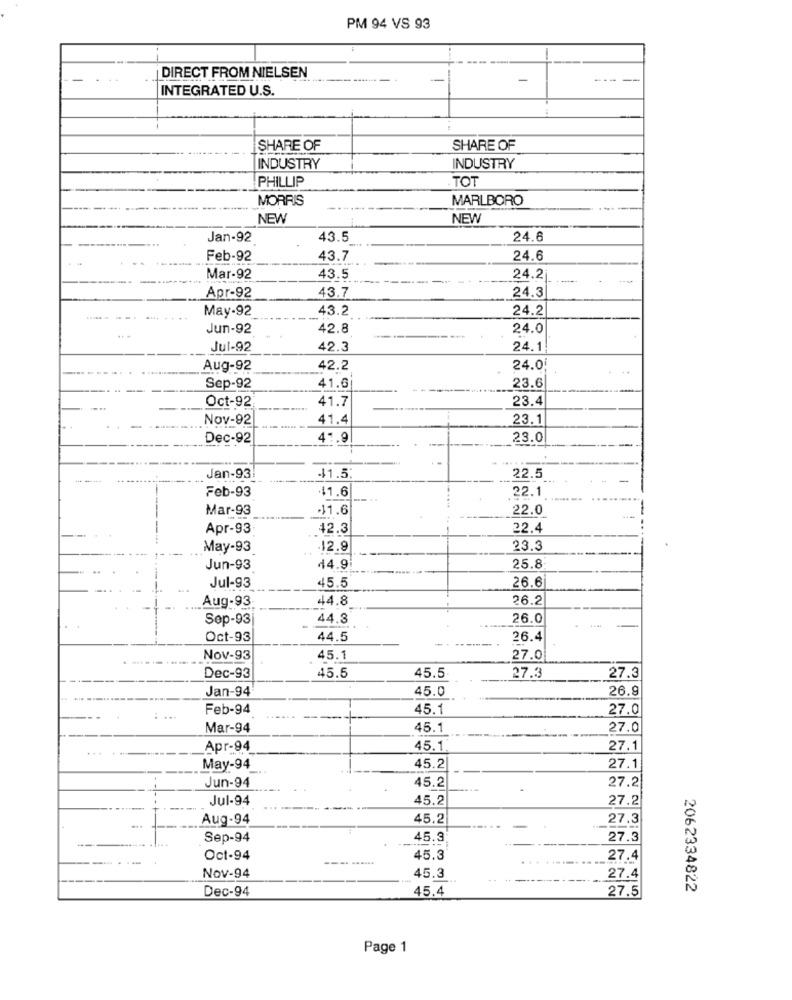
PM 94 VS 93
DIRECT FROM NIELSEN
----
INTEGRATED U.S.
SHARE OF
SHARE OF
INDUSTRY
INDUSTRY
PHILLIP
TOT
MORRIS
MARLBORO
NEW
NEW
Jan-92
43.5
24.6
Feb-92
43.7
24.6
Mar-92
43.5
24.2
43.7
24,3
Apr-92
May-92
43.2
24.2
Jun-92
42.8
24.0
...
Jul-92
42.3
24.1
Aug-92
42.2
24.0
Sep-92
41.6
23.6
41.7
23.4
Oct-92
Nov-92
41.4
23.1
Dec-92
41.9
23.0
-----
Jan-93
$1.5
22.5
41.6
22.1
Feb-93
Mar-93
41.6
22.0
Apr-93:
42.3
22.4
May-93
12.9
23.3
Jun-93
44.9
25.8
26.6
Jul-93
45.5
44.8
26.2
Aug-93
Sep-93
44.3
26.0
Oct-93
44.5
26.4
Nov-93
45.1
27.0
Dec-93
45.5
45.5
27.3
27.3
Jan-94
45.0
26.9
Feb-94
45.1
27.0
Mar-94
45.1
27.0
Apr-94
45.1
27.1
May-94
45.2|
27.1
45.2
27.2
Jun-94
Jul-94
45.2
27.2
Aug-94
45.2
27.3
Sep-94
45.3
27.3
Oct-94
45.3
..........
27.4
Nov-94
45.3
27.4
Dec-94
45.4
27.5
2062334822
Page 1